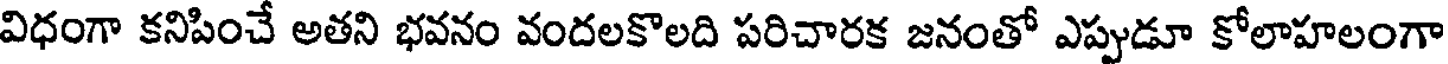
విధంగా కనిపించే అతని భవనం వందలకొలది పరిచారక జనంతో ఎప్పుడూ కోలాహలంగా